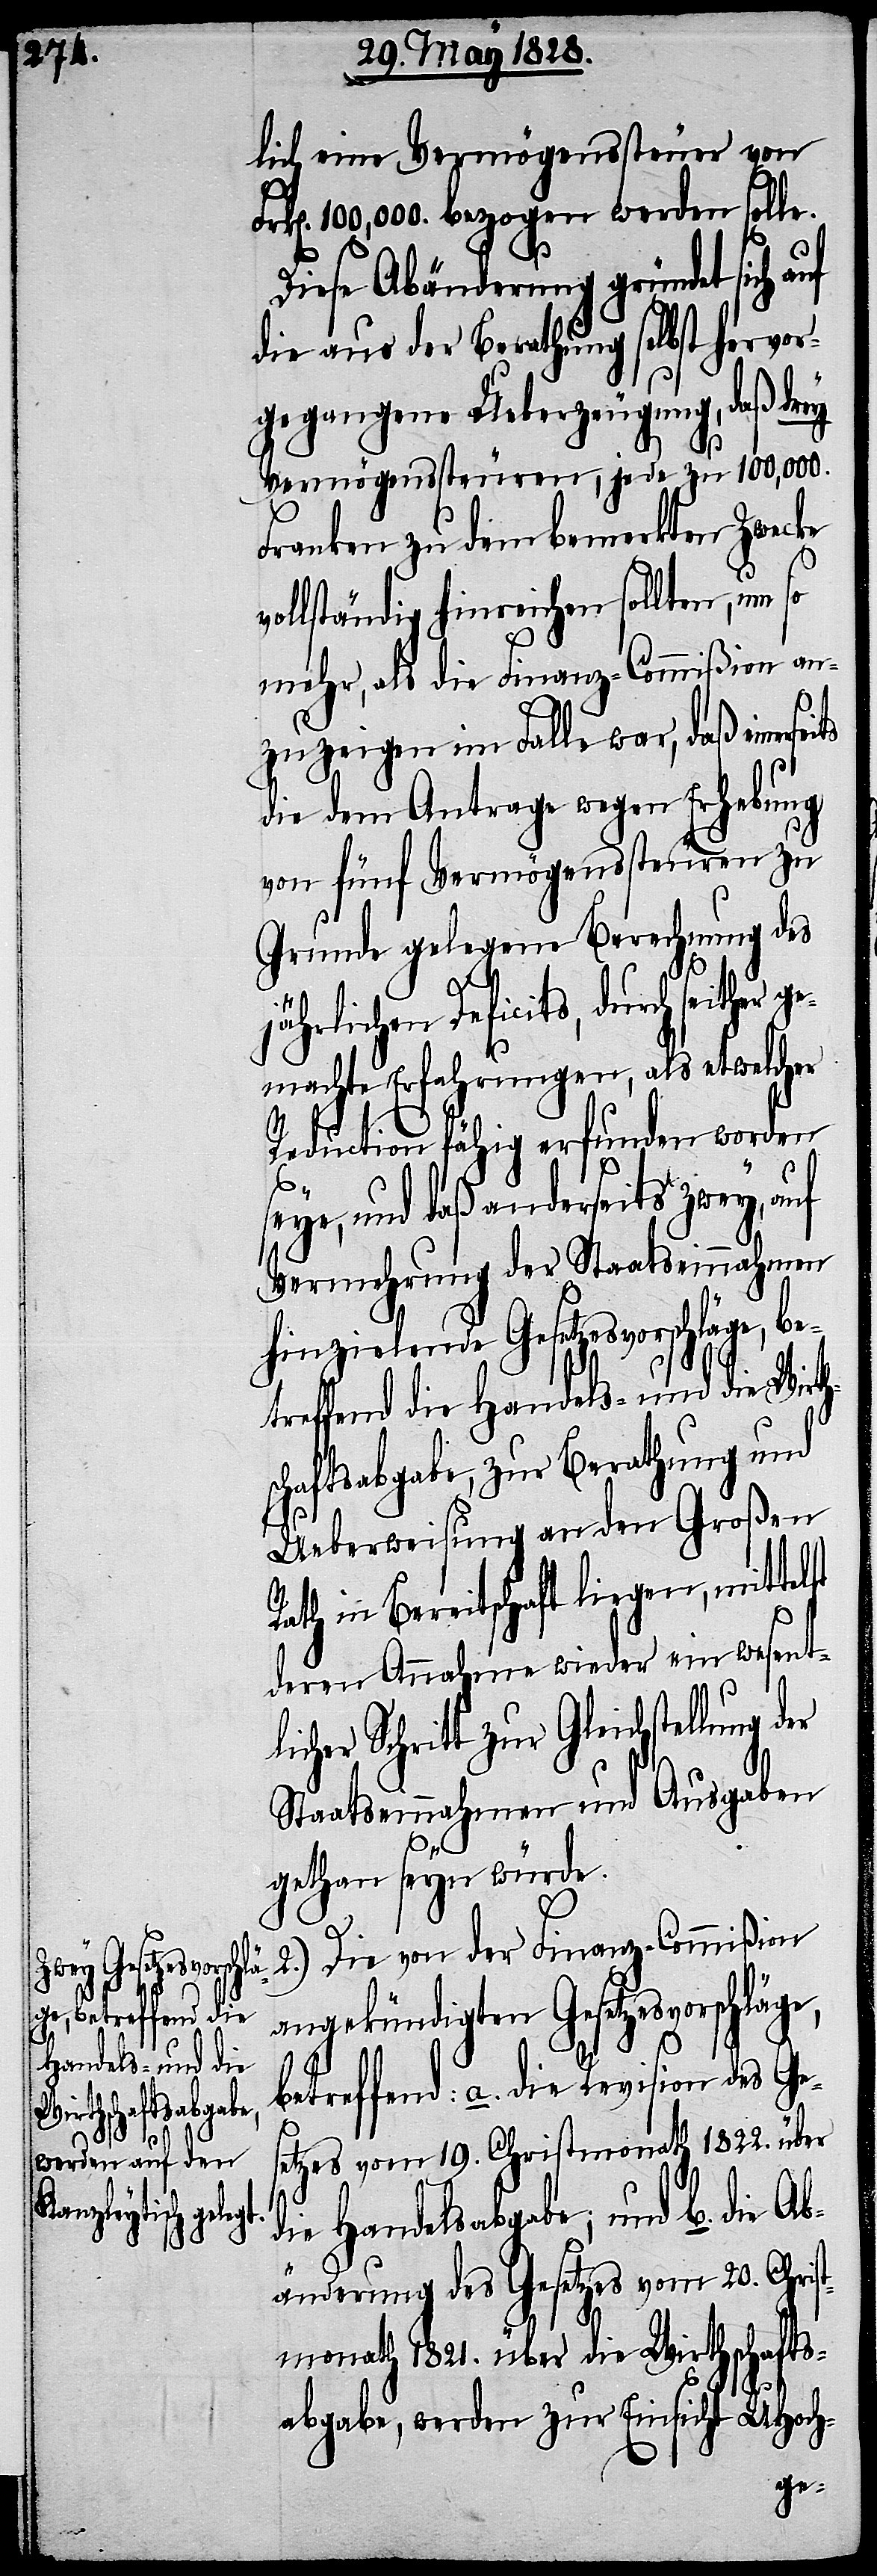
lich eine Vermögenssteuer von
rk[en]. 100,000. bezogen werden solle.
2.)
Diese Abänderung gründet sich a¬
die aus der Berathung selbst hervor¬
gegangene Ueberzeugung, daß drey
Vermögenssteuren, jede zu 100,000.
Franken zu dem bemerkten Zwecke
ollständig hinreichen sollten, um
mehr, als die Finanz-Commißion an¬
zuzeigen im Falle war, daß einers¬
die dem Antrage wegen Erhebung
von fünf Vermögenssteueren zu
Grunde gelegene Berechnung des
jährlichen Deficits, durch seither g¬
emachte Erfahrungen, als etwelcher
Reduction fähig erfunden worden
e, und daß anderseits zwey,
Vermehrung der Staatseinnahmen
hinzielende Gesetzesvorschlä¬
schaftsabgabe, zur Berathung und
Ueberweisung an den Großen
Rath in Bereitschaft liegen, mittel¬
deren Annahme wieder ein wesent¬
Staatseinnahmen und Ausgaben
gethan seyn würde.
Die von der Finanz-Commißion
angekündigten Gesetzesvorschläge,
ge, betreffend die
Handels- und
betreffend: a. die Revision des Ges¬
[Fortsetzung
etzes vom 19. Christmonath 1822. über
die Handelsabgabe; und b. die Ab¬
änderung des Gesetzes vom 20. Christ¬
monath 1821. über die Wirthschafts¬
Gl¬
abgabe, werden zur Einsicht UHoch-
der